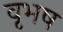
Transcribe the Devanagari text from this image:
वृभष